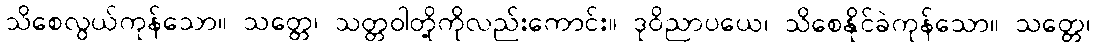
သိစေလွယ်ကုန်သော။ သတ္တေ၊ သတ္တဝါတို့ကိုလည်းကောင်း။ ဒုဝိညာပယေ၊ သိစေနိုင်ခဲကုန်သော။ သတ္တေ၊